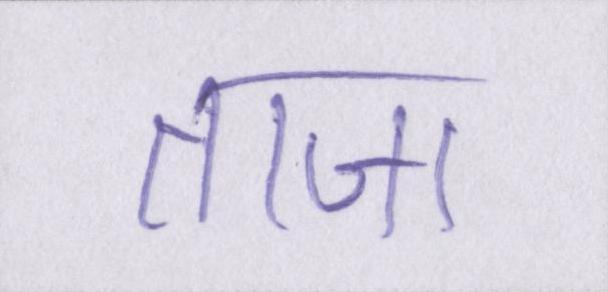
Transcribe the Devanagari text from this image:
ताजा